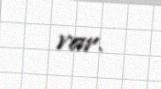
var.